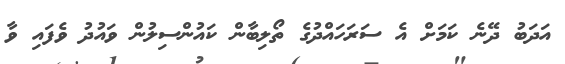
އަދަބު ދޭނެ ކަމަށް އެ ސަރަހައްދުގެ ތޯލިބާން ކައުންސިލުން ވައުދު ވެފައި ވާ